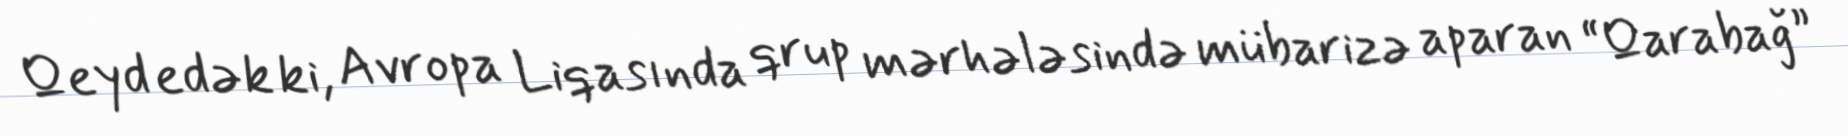
Qeyd edək ki, Avropa Liqasında qrup mərhələsində mübarizə aparan “Qarabağ”